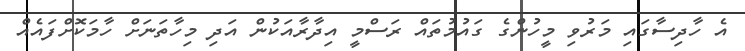
އެ ހާދިސާގައި މަރުވި މީހުންގެ ގައުމުތައް ރަސްމީ އިދާރާއަކުން އަދި މިހާތަނަށް ހާމަކޮށްފައެއް